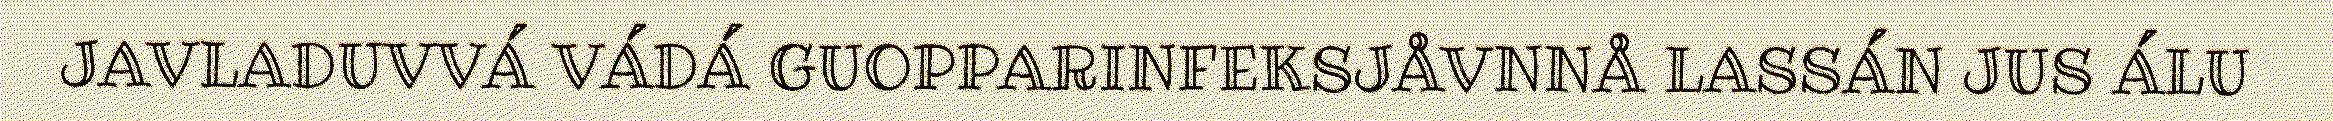
JAVLADUVVÁ VÁDÁ GUOPPARINFEKSJÅVNNÅ LASSÁN JUS ÁLU